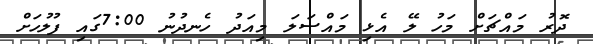
ދޮރު މައްޗަށް މަހު ލޭ އެޅި މައްސަލަ މިއަދު ހެނދުނު 7:00ގައި ފުލުހަށް